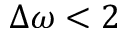
\Delta \omega < 2